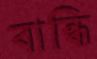
বান্ধি